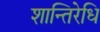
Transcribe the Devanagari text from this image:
शान्तिरेधि